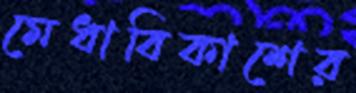
মেধাবিকাশের